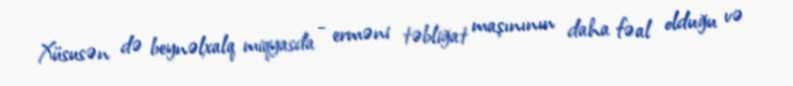
Xüsusən də beynəlxalq miqyasda - erməni təbliğat maşınının daha fəal olduğu və